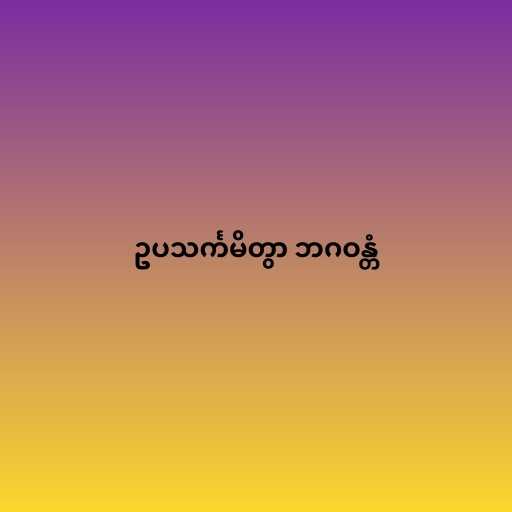
ဥပသင်္ကမိတွာ ဘဂဝန္တံ